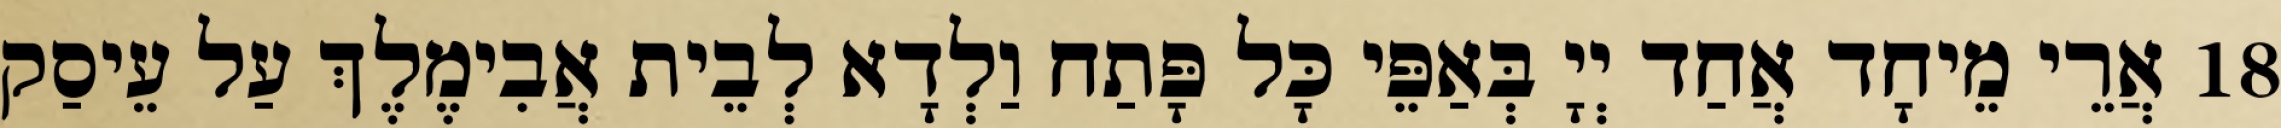
18 אֲרֵי מֵיחָד אֲחַד יְיָ בְּאַפֵּי כָּל פָּתַח וַלְדָא לְבֵית אֲבִימֶלֶךְ עַל עֵיסַק